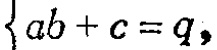
\(\{ab + c = q,\)